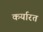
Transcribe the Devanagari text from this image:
कर्यारत